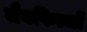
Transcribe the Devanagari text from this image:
जैवफिल्मों